Burma Government Medical School reports 1923-41
Year: 1923
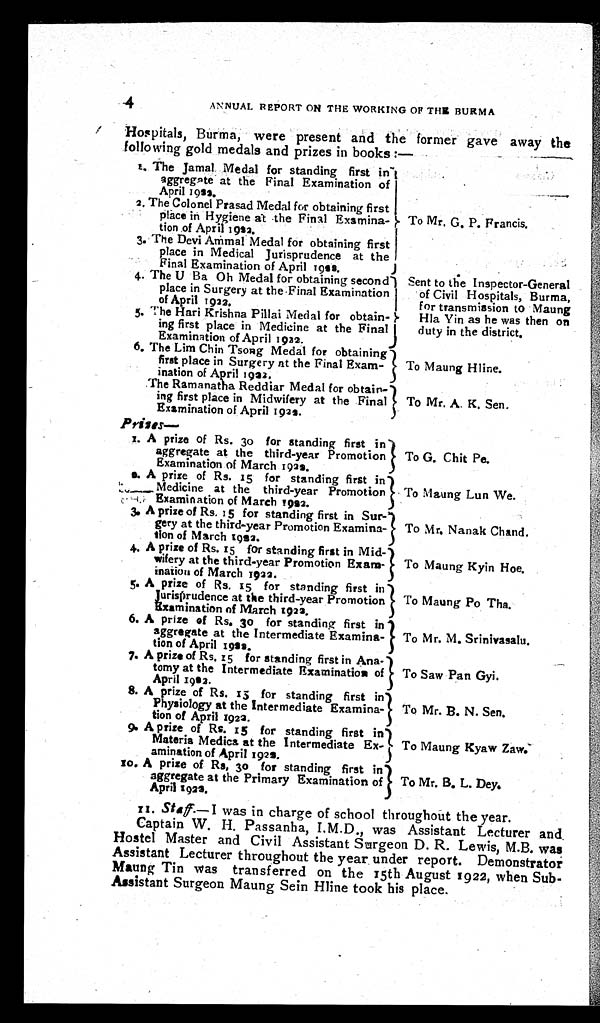
4 ANNUAL REPORT ON THE WORKING OF THE BURMA
Hospitals, Burma, were present and the former gave away the
following gold medals and prizes in books:—
1. The Jamal Medal for standing first in
aggregate at the Final Examination of
April 1922.
2. The Colonel Prasad Medal for obtaining first
place in Hygiene at the Final Examina
tion of April 1922.
3. The Devi Ammal Medal for obtaining first
place in Medical Jurisprudence at the
Final Examination of April 1922.
4. The U Ba Oh Medal for obtaining second
place in Surgery at the Final Examination
of April 1922.
5. The Hari Krishna Pillai Medal for obtain
-ing first place in Medicine at the Final
Examination of April 1922.
6 . T h e L i m C h i n T s o n g M e d a l f o r o b t a i n i n g
first place in Surgery at the Final Exam
-ination of April 1922.
The Ramanatha Reddiar Medal for obtain-
ing first place in Midwifery at the Final
Examination of April 1922.
Pri
z e s —
1 . A p r i z e o f R s . 3 0 f o r s t a n d i n g f i r s t i n
aggregate at the third-year Promotion
Examination of March 1922.
2. A prize of Rs. 15 for standing first in
Medicine at the third-year Promotion
Examination of March 1922.
3 . A p r i z e o f R s . 1 5 f o r s t a n d i n g f i r s t i n S u r -
gery at the third-year Promotion Examina-
tion of March 1922.
4. A prize of Rs. 15 for standing first in Mid-
wifery at the third-year Promotion Exam
- ination of March 1922.
5 . A p r i z e o f R s . 1 5 f o r s t a n d i n g f i r s t i n
Jurisprudence at the third-year Promotion
Examination of March 1922.
6 . A p r i z e o f R s . 3 0 f o r s t a n d i n g f i r s t i n
aggregate at the Intermediate Examina
-tion of April 1922.
7 . A p r i z e o f R s . 1 5 f o r s t a n d i n g f i r s t i n A n a -
tomy at the Intermediate Examination of
April 1922.
8 . A p r i z e o f R s . 1 5 f o r s t a n d i n g f i r s t i n
Physiology at the Intermediate Examina
-tion of April 1922.
9 . A p r i z e o f R s . 1 5 f o r s t a n d i n g f i r s t i n
Materia Medica at the Intermediate Ex
-amination of April 1922.
1 0 . A p r i z e o f R s . 3 o f o r s t a n d i n g f i r s t i n
aggregate at the Primary Examination of
April 1922.
To Mr. G. P. Francis.
Sent to the Inspector-General
of Civil Hospitals, Burma,
for transmission to Maung
Hla Yin as he was then on
duty in the district.
To Maung Hline.
To Mr, A. K. Sen.
To G. Chit Pe.
To Maung Lun We.
To Mr. Nanak Chand.
To Maung Kyin Hoe.
To Maung Po Tha.
To Mr. M. Srinivasalu.
To Saw Pan Gyi.
To Mr. B. N. Sen.
To Maung Kyaw Zaw.
To Mr. B. L. Dey.
1 1 . S t a f f — I w a s i n c h a r g e o f s c h o o l t h r o u g h o u t t h e y e a r .
Captain W. H. Passanha, I.M.D., was Assistant Lecturer and
Hostel Master and Civil Assistant Surgeon D. R. Lewis, M.B. was
Assistant Lecturer throughout the year under report. Demonstrator
Maung Tin was transferred on the 15th August 1922, when Sub-
Assistant Surgeon Maung Sein Hline took his place.